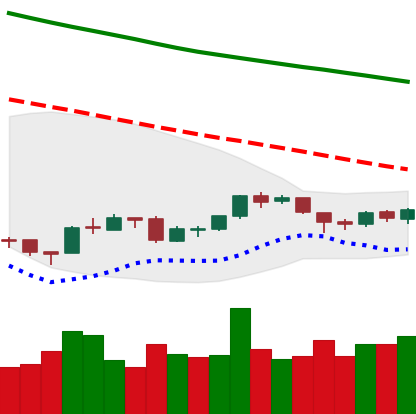
Ticker: ETH-USD
Chart end date: 2018-09-29
Forward return: -4.065%
Label: down_3_5